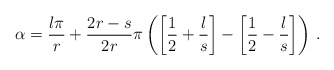
\begin{align*}\alpha =\frac{l\pi }{r}+\frac{2r-s}{2r}\pi \left( \left[ \frac{1}{2}+\frac{l}{s}\right] -\left[ \frac{1}{2}-\frac{l}{s}\right] \right) \, .\end{align*}